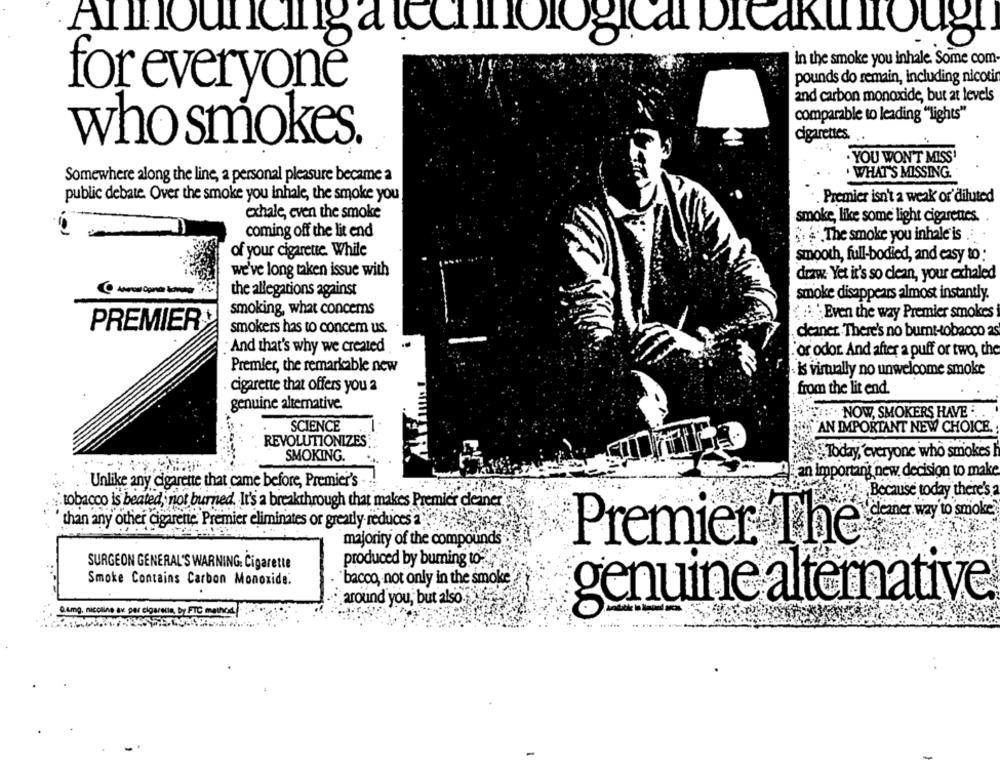
Announcinga technological breakunTroug.
in the smoke you inhale. Some com
pounds do remain, including nicotin
for everyone
and carbon monoxide, but at levels
comparable to leading "lights"
cigarettes.
who smokes
YOU WON'T MISS
Somewhere along the line, a personal pleasure became a
WHAT'S MISSING.
public debate Over the smoke you inhale, the smoke you
Premier isn't a weak or'diluted
exhale, even the smoke
smoke, like some light cigarettes.
coming off the lit end
S. The smoke you inhale is .
of your cigarette. While
smooth, full-bodied, and easy to :
we've long taken issue with
draw. Yet it's so clean, your exhaled
the allegations against
smoke disappears almost instantly.
smoking, what concerns
Even the way Premier smokes
PREMIER
smokers has to concem us.
deiner. There's no burnt-tobacco as
And that's why we created
.'or odor. And after a puff or two, the
Premier, the remarkable new
· is virtually no unwelcome smoke
. cigarette that offers you a
from the lit end.
genuine alternative.
: . NOW, SMOKERS HAVE .
SCIENCE
AN IMPORTANT NEW CHOICE.
REVOLUTIONIZES
Today,"everyone who smokes
SMOKING.
an important new decision to make
Unlike any cigarette that came before, Premier's -
Because today there's
tobacco is heated, not burned. It's a breakthrough that makes Premier cleaner
r. way to smoke
than any other cigarette. Premier eliminates or greatly- reduces 2.
majority of the compounds
Premier The
...
produced by buming to-
SURGEON GENERAL'S WARNING. Cigarette
Smoke Contains Carbon Monoxide.
"bacco, not only in the smoke"
around you, but also-
genuine alternative
Q.4mg. nicciine av par cigaretta, by FTC method.